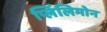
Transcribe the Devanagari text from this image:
प्लिंलिमोन